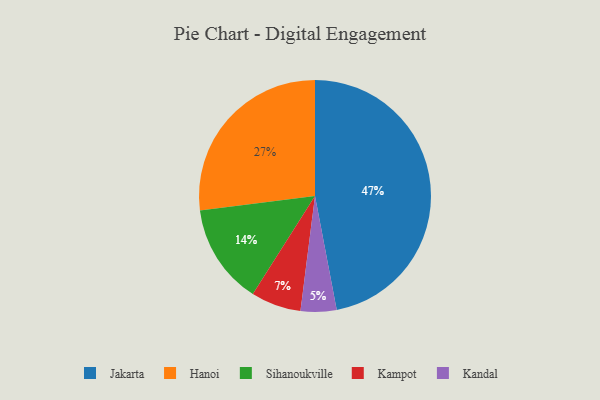
{"axis": {"x": "Category", "y": "Percentage"}, "legend": ["Hanoi", "Jakarta", "Kampot", "Kandal", "Sihanoukville"], "data": [{"x": "Kampot", "y": 7, "type": "Kampot"}, {"x": "Kandal", "y": 5, "type": "Kandal"}, {"x": "Hanoi", "y": 27, "type": "Hanoi"}, {"x": "Sihanoukville", "y": 14, "type": "Sihanoukville"}, {"x": "Jakarta", "y": 47, "type": "Jakarta"}]}